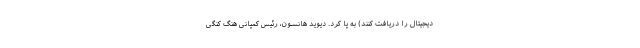
دیجیتال را دریافت کنند) به پا کرد. دیوید هانسون، رئیس کمپانی هنگ کنگی